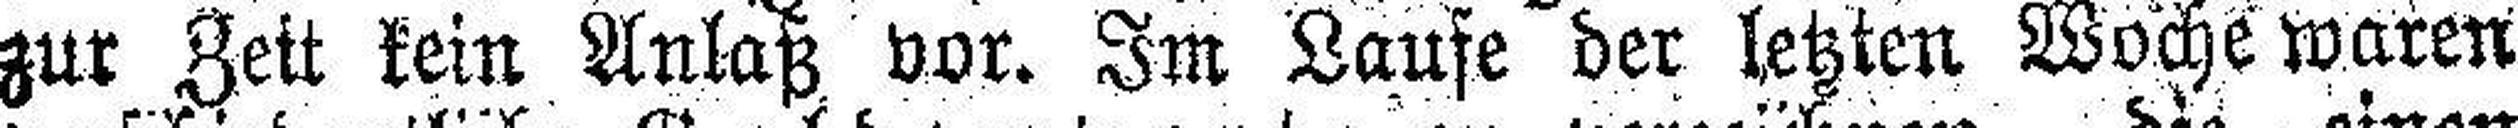
zur Zeit kein Anlaß vor. Im Laufe der letzten Woche waren